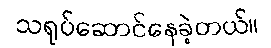
သရုပ်ဆောင်နေခဲ့တယ်။